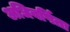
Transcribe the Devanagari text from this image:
अधिवर्षिता